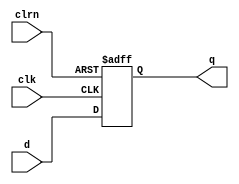
`timescale 1ns / 1ps
//////////////////////////////////////////////////////////////////////////////////
// Company: 
// Engineer: 
// 
// Design Name: 
// Module Name: dff32
// Project Name: 
// Target Devices: 
// Tool Versions: 
// Description: 
// 
// Dependencies: 
// 
// Revision:
// Revision 0.01 - File Created
// Additional Comments:
// 
//////////////////////////////////////////////////////////////////////////////////


module dff32(d, clk, clrn, q);//1
  input [31:0] d;
  input clk, clrn;
  output [31:0] q;
  
  reg [31:0] q;
  always @ ( posedge clk or posedge clrn)
    if( clrn==1 ) 
   begin
     q = 0;
   end
   else
   begin
      q = d;
   end
endmodule